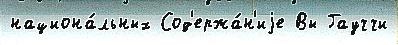
национа́льных Сод'ержа́н'иjе Вы Гауччи